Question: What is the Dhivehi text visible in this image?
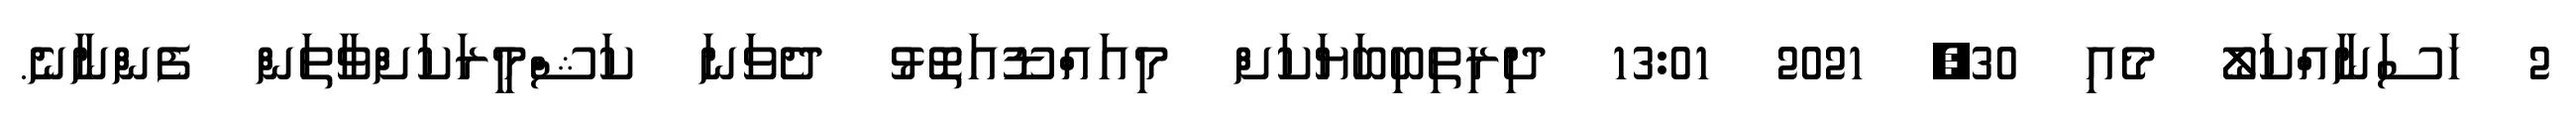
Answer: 2 ހަސަނާއްކަލޯ މެއި 30, 2021 13:01 ދިރިތިބިބަޔަކަށް މިއައްޑޫއަތޮޅު ދެވަނަ ކަޝްމީރަކަށްވާތަން ފެންނާނެ.